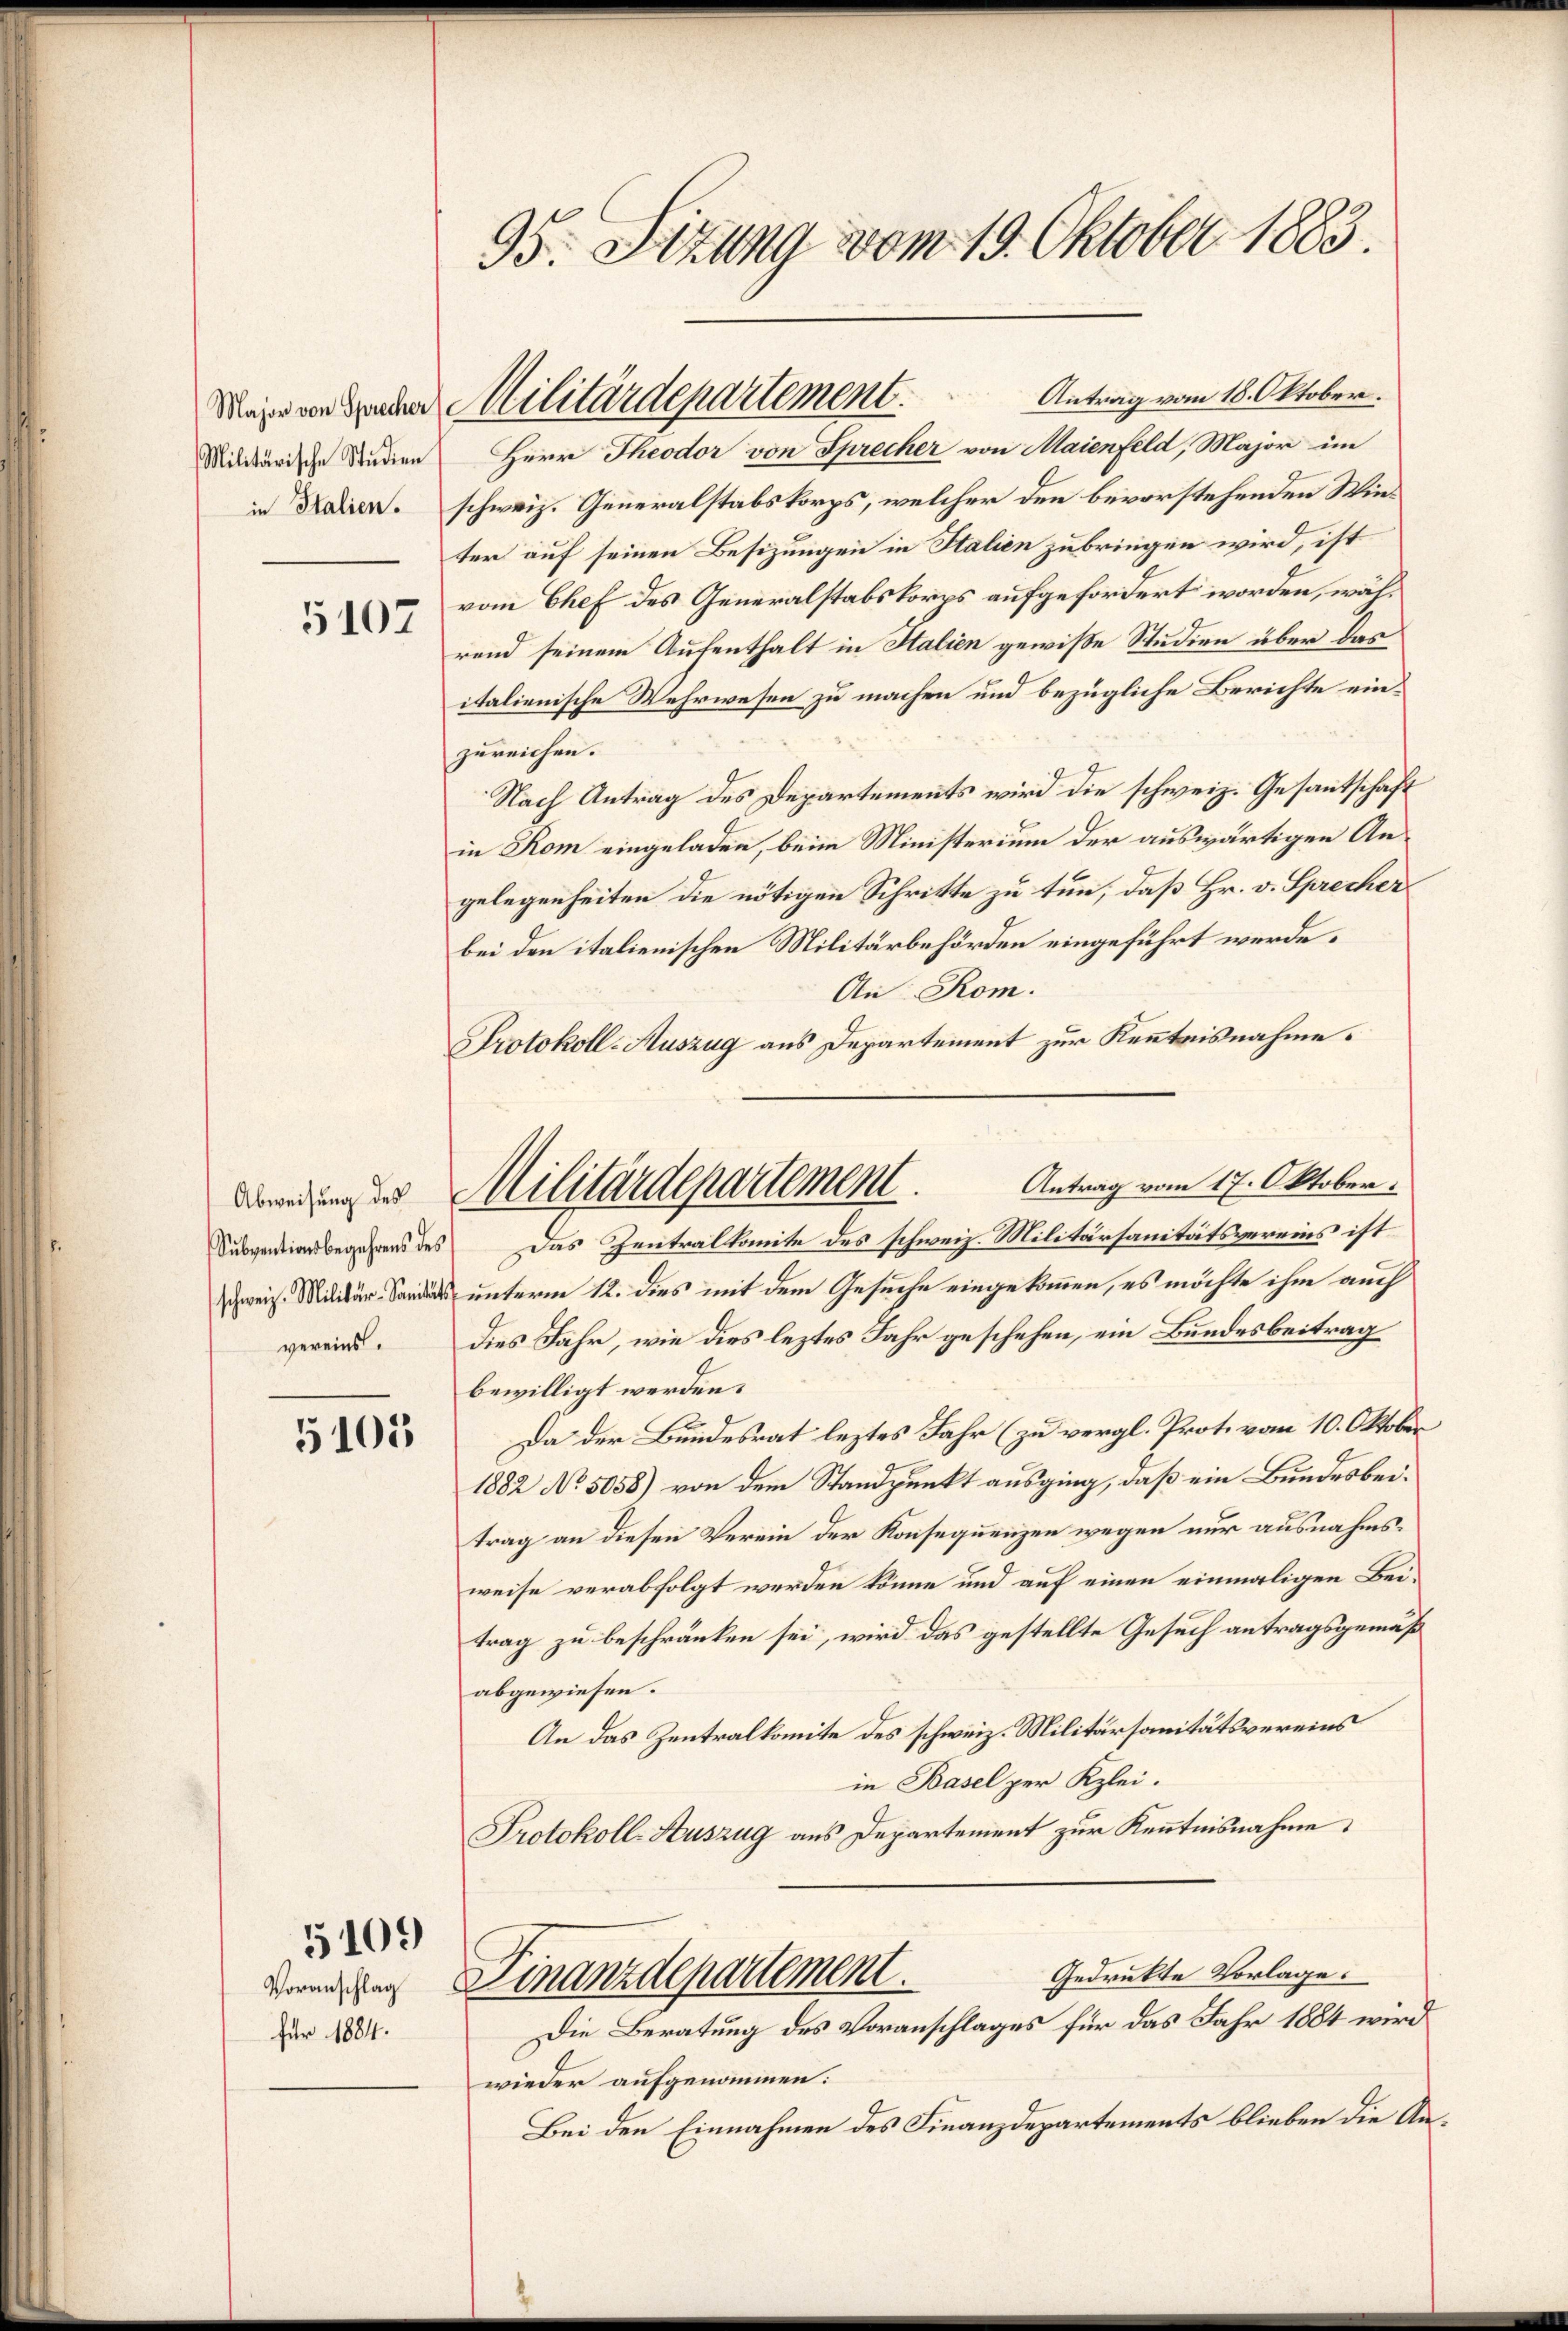
Militärische Studien

5107

Abweisung des
Subventionsbegehrens des
schweiz. Militär-Sanitäts
vereins.

5105

Voranschlag
für 1884.

5109

95. Sizung vom 19. Oktober 1883.

Antrag vom 18. Oktober.
in Seien. schweiz. Generalstabskorps, welcher den bevorstehenden Winter auf seinen Besizungen in Italien zu bringen wird, ist
vom Chef des Generalstabskorps aufgefordert worden, während seinem Aufenthalt in Salien gewisse Studien über das
italienische Wehrwesen zu machen und bezügliche Berichte einzureichen.
Nach Antrag des Departements wird die schweiz. Gesantschaft
in Rom eingeladen, beim Ministerium der auswärtigen Angelegenheiten die nötigen Schritte zu tun, daß Hr. v. Sprecher
bei den italienischen Militärbehörden eingeführt werde.
An Rom.
Protokoll-Auszug aus Departement zur Kenntnisnahme.
Das Zentralkomite des schweiz. Militärsanitätsvereins ist
unterm 12. dies mit dem Gesuche eingekommen, es möchte ihm auch
dies Jahr, wie dies leztes Jahr geschehen, ein Bundesbeitrag
bewilligt werden.
Da der Bundesrat leztes Jahr (zu vergl. Prot. vom 10. Oktober
1882 No 5058) von dem Standpunkt ausging, daß ein Bundesbeitrag an diesen Verein der Konsequenzen wegen nur ausnahmsweise verabfolgt werden könne und auf einen einmaligen Beitrag zu beschränken sei, wird das gestellte Gesuch antragsgemäß
abgewiesen.
An das Zentralkomite des schweiz. Militärsanitätsvereins
in Basel zur Klei¬
Protokoll-Auszug aus Departement zur Kenntnisnahme
Gedrukte Vorlage.
Finanzdepartement.
Die Beratung des Voranschlages für das Jahr 1884 wird
wieder aufgenommen:
Bei den Einnahmen des Finanzdepartements blieben die An¬

Mäge von Grader Militärdepartement.
Herr Theodor von Sprecher von Maienfeld, Major im

Militärdepartement. Antrag vom 17. Oktober.